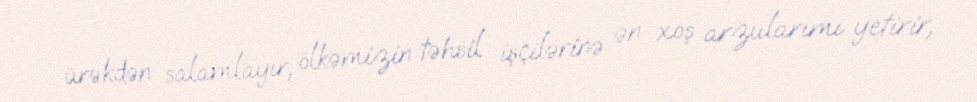
ürəkdən salamlayır, ölkəmizin təhsil işçilərinə ən xoş arzularımı yetirir,